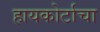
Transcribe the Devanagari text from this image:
हायकोर्टाचा